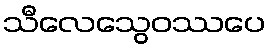
သီလေသွေဝဿပေ